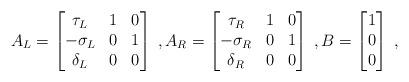
LaTeX: \begin{align*}A_L = \begin{bmatrix}\tau_L & 1 & 0 \\-\sigma_L & 0 & 1 \\\delta_L & 0 & 0\end{bmatrix} \;, A_R = \begin{bmatrix}\tau_R & 1 & 0 \\-\sigma_R & 0 & 1 \\\delta_R & 0 & 0\end{bmatrix} \;, B = \begin{bmatrix}1 \\ 0 \\ 0\end{bmatrix} \;,\end{align*}